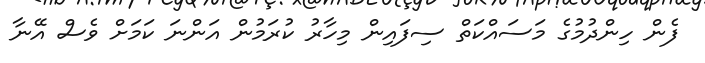
ފެން ހިންދުމުގެ މަސައްކަތް ސިފައިން މިހާރު ކުރަމުން އަންނަ ކަމަށް ވެސް އޭނާ